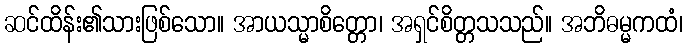
ဆင်ထိန်း၏သားဖြစ်သော။ အာယသ္မာစိတ္တော၊ အရှင်စိတ္တသသည်။ အဘိဓမ္မကထံ၊